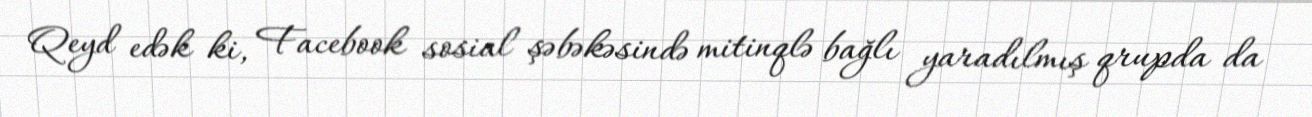
Qeyd edək ki, Facebook sosial şəbəkəsində mitinqlə bağlı yaradılmış qrupda da